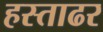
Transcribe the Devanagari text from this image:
हस्ताढर